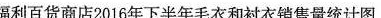
福利百货商店2016年下半年毛衣和衬衣销售量统计图